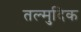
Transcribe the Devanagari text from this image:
तल्मुदिक